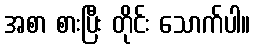
အစာ စားပြီး တိုင်း သောက်ပါ။